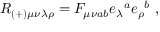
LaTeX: R _ { ( + ) \mu \nu \lambda \rho } = F _ { \mu \nu a b } e _ { \lambda } { } ^ { a } e _ { \rho } { } ^ { b } \ ,